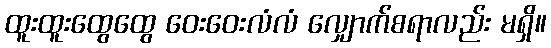
ထူးထူးထွေထွေ ဝေးဝေးလံလံ လျှောက်စရာလည်း မရှိ။